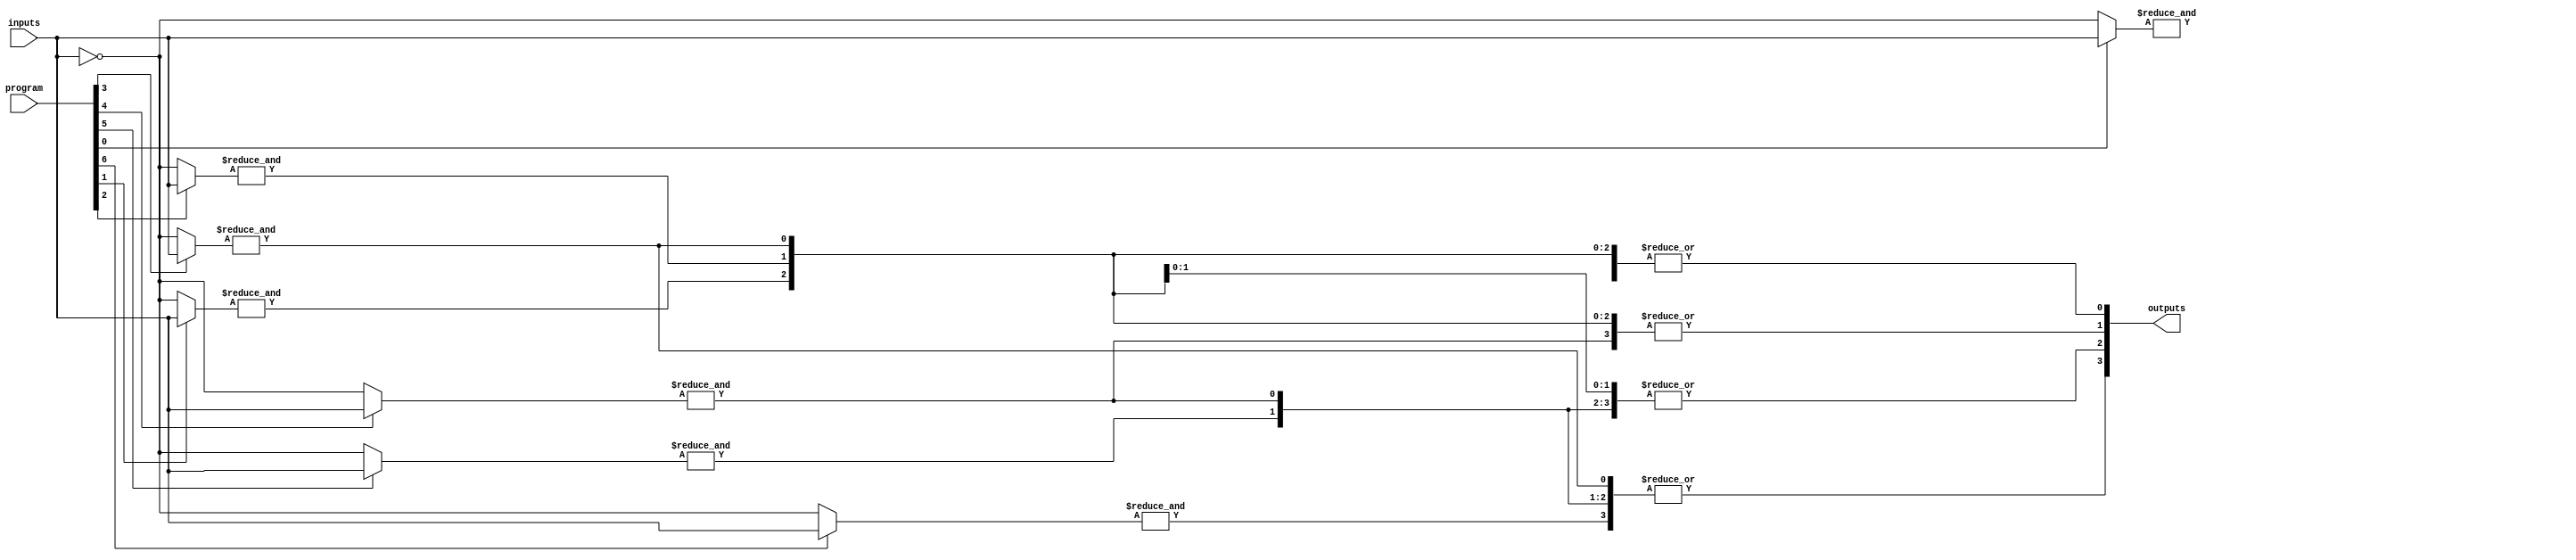
module HS_PAL (
    input wire [N-1:0] inputs,        // N input pins
    input wire [M-1:0] program,       // Configuration for AND gates
    output wire [P-1:0] outputs       // P output pins
);
    parameter N = 8;                  // Number of inputs
    parameter M = 16;                 // Number of AND gates
    parameter P = 4;                  // Number of OR gates

    wire [M-1:0] and_out;             // Outputs from AND gates
    wire [P-1:0] or_out;               // Outputs from OR gates

    // Programmable AND array
    genvar i, j;
    generate
        for (i = 0; i < M; i = i + 1) begin : and_gate
            wire [N-1:0] and_inputs;  // Inputs for this AND gate
            assign and_inputs = program[i] ? inputs : ~inputs; // Example: Programmable logic using the program input
            assign and_out[i] = &and_inputs; // AND operation on selected inputs
        end
    endgenerate

    // Fixed OR array
    generate
        for (j = 0; j < P; j = j + 1) begin : or_gate
            wire [M-1:0] or_inputs; // Inputs for this OR gate
            assign or_inputs = {and_out[j], and_out[j+1], and_out[j+2], and_out[j+3]}; // Example: Connect 4 AND gates to each OR
            assign or_out[j] = |or_inputs; // OR operation on AND outputs
        end
    endgenerate

    // Final outputs
    assign outputs = or_out;

endmodule